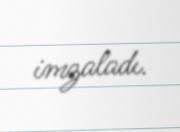
imzaladı.